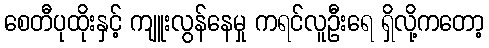
စေတီပုထိုးနှင့် ကျူးလွန်နေမှု ကရင်လူဦးရေ ရှိလို့ကတော့